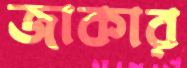
জাকার